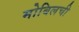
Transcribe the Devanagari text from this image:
मोबिलची